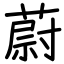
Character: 蔚